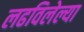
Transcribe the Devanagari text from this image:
लढविलेल्या